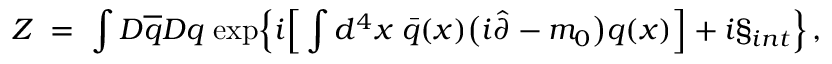
Z \; = \; \int D \overline { { { q } } } D q \; \mathrm { e x p } \Big \{ i \Big [ \int d ^ { 4 } x \; \bar { q } ( x ) \big ( i \hat { \partial } - m _ { 0 } \big ) q ( x ) \Big ] + i { \S } _ { i n t } \Big \} \, ,